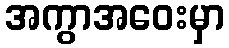
အကွာအဝေးမှာ